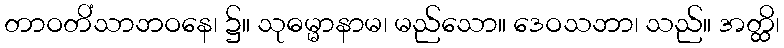
တာဝတိံသာဘဝနေ၊ ၌။ သုဓမ္မာနာမ၊ မည်သော။ ဒေဝသဘာ၊ သည်။ အတ္ထိ၊